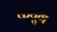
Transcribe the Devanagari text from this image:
केयुग